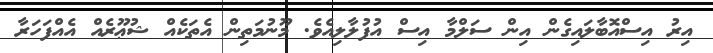
އިރު އިސްއޮބާލައިގެން އިން ސަލްމާ އިސް އުފުލާލިއެވެ. މޫނުމަތިން އެތަކެއް ޝުޢޫރެއް އެއްފަހަރާ